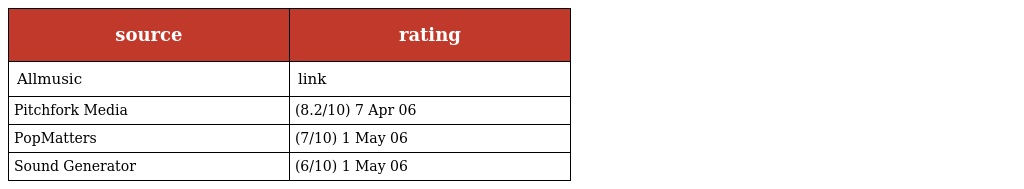
| source | rating |
 | --- | --- |
 | Allmusic | link |
 | Pitchfork Media | (8.2/10) 7 Apr 06 |
 | PopMatters | (7/10) 1 May 06 |
 | Sound Generator | (6/10) 1 May 06 |